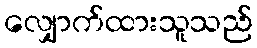
လျှောက်ထားသူသည်